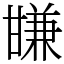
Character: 㽐